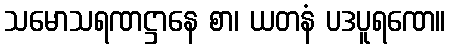
သမောသရဏဋ္ဌာနေ စာ၊ ယတနံ ပဒပူရဏေ။